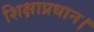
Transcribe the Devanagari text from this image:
शिक्षाप्रधान।